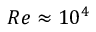
R e \approx 1 0 ^ { 4 }